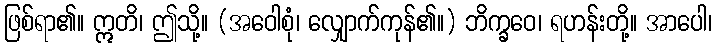
ဖြစ်ရာ၏။ ဣတိ၊ ဤသို့။ (အဝေါစုံ၊ လျှောက်ကုန်၏။) ဘိက္ခဝေ၊ ရဟန်းတို့။ အာပေါ၊